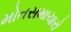
મોતસમાચારો